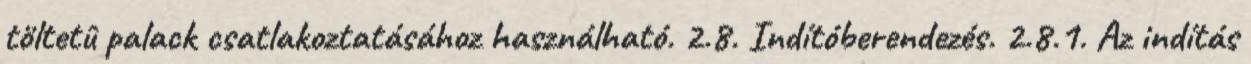
töltetû palack csatlakoztatásához használható. 2.8. Indítóberendezés. 2.8.1. Az indítás